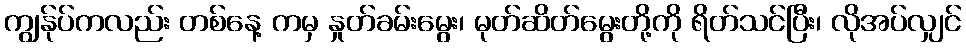
ကျွန်ုပ်ကလည်း တစ်နေ့ ကမှ နှုတ်ခမ်းမွေး၊ မုတ်ဆိတ်မွေးတို့ကို ရိတ်သင်ပြီး၊ လိုအပ်လျှင်